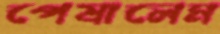
পেষালেম